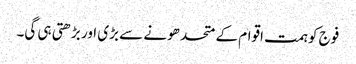
فوج کو ہمت اقوام کے متحد ھونے سے بڑی اور بڑھتی ہی گی۔